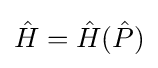
{\hat {H}}={\hat {H}}({\hat {P}})